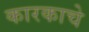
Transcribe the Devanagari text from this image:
कारकाचे